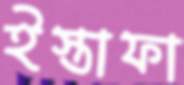
ইস্তাফা